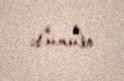
olunur.